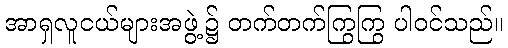
အာရှလူငယ်များအဖွဲ့၌ တက်တက်ကြွကြွ ပါဝင်သည်။